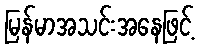
မြန်မာအသင်းအနေဖြင့်